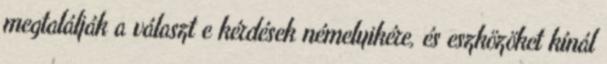
megtalálják a választ e kérdések némelyikére, és eszközöket kínál